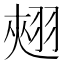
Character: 𮋄